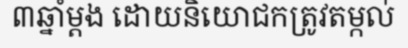
៣ឆ្នាំម្តង ដោយនិយោជកត្រូវតម្កល់